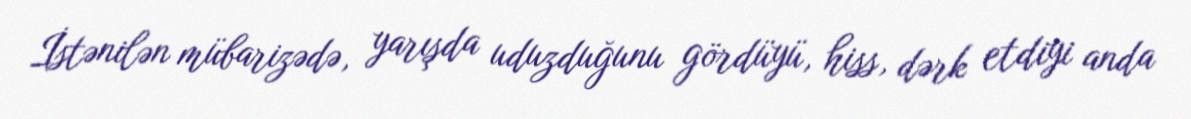
İstənilən mübarizədə, yarışda uduzduğunu gördüyü, hiss, dərk etdiyi anda